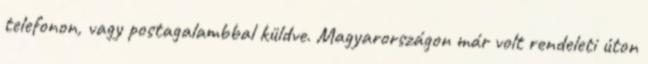
telefonon, vagy postagalambbal küldve. Magyarországon már volt rendeleti úton